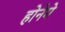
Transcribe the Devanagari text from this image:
होनेमे